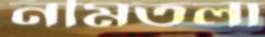
নীমতলা